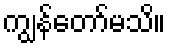
ကျွန်တော်မသိ။